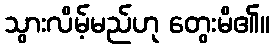
သွားလိမ့်မည်ဟု တွေးမိ၏။